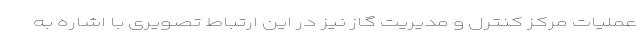
عملیات مرکز کنترل و مدیریت گاز نیز در این ارتباط تصویری با اشاره به